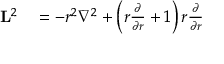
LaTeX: \begin{array} { r l } { \mathbf { L } ^ { 2 } } & { { } = - r ^ { 2 } \nabla ^ { 2 } + \left( r { \frac { \partial } { \partial r } } + 1 \right) r { \frac { \partial } { \partial r } } } \end{array}